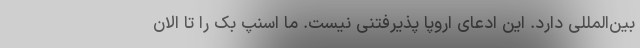
بین‌المللی دارد. این ادعای اروپا پذیرفتنی نیست. ما اسنپ بک را تا الان